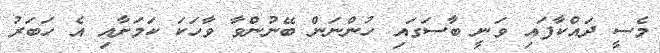
މެސީ ދައްކާފައި ވަނީ ބާސަގައި ހުންނަން ބޭނުންވާ ވާހަކަ ކަމަށާއި އެ ހަބަރު